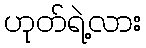
ဟုတ်ရဲ့လား